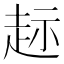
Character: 𫎲